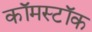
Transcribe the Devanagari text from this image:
कॉमस्टॉक